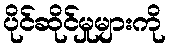
ပိုင်ဆိုင်မှုများကို